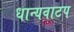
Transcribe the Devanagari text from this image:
धान्यवाटप